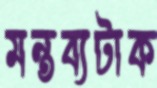
মন্তব্যটাক